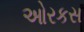
ઓરકસ